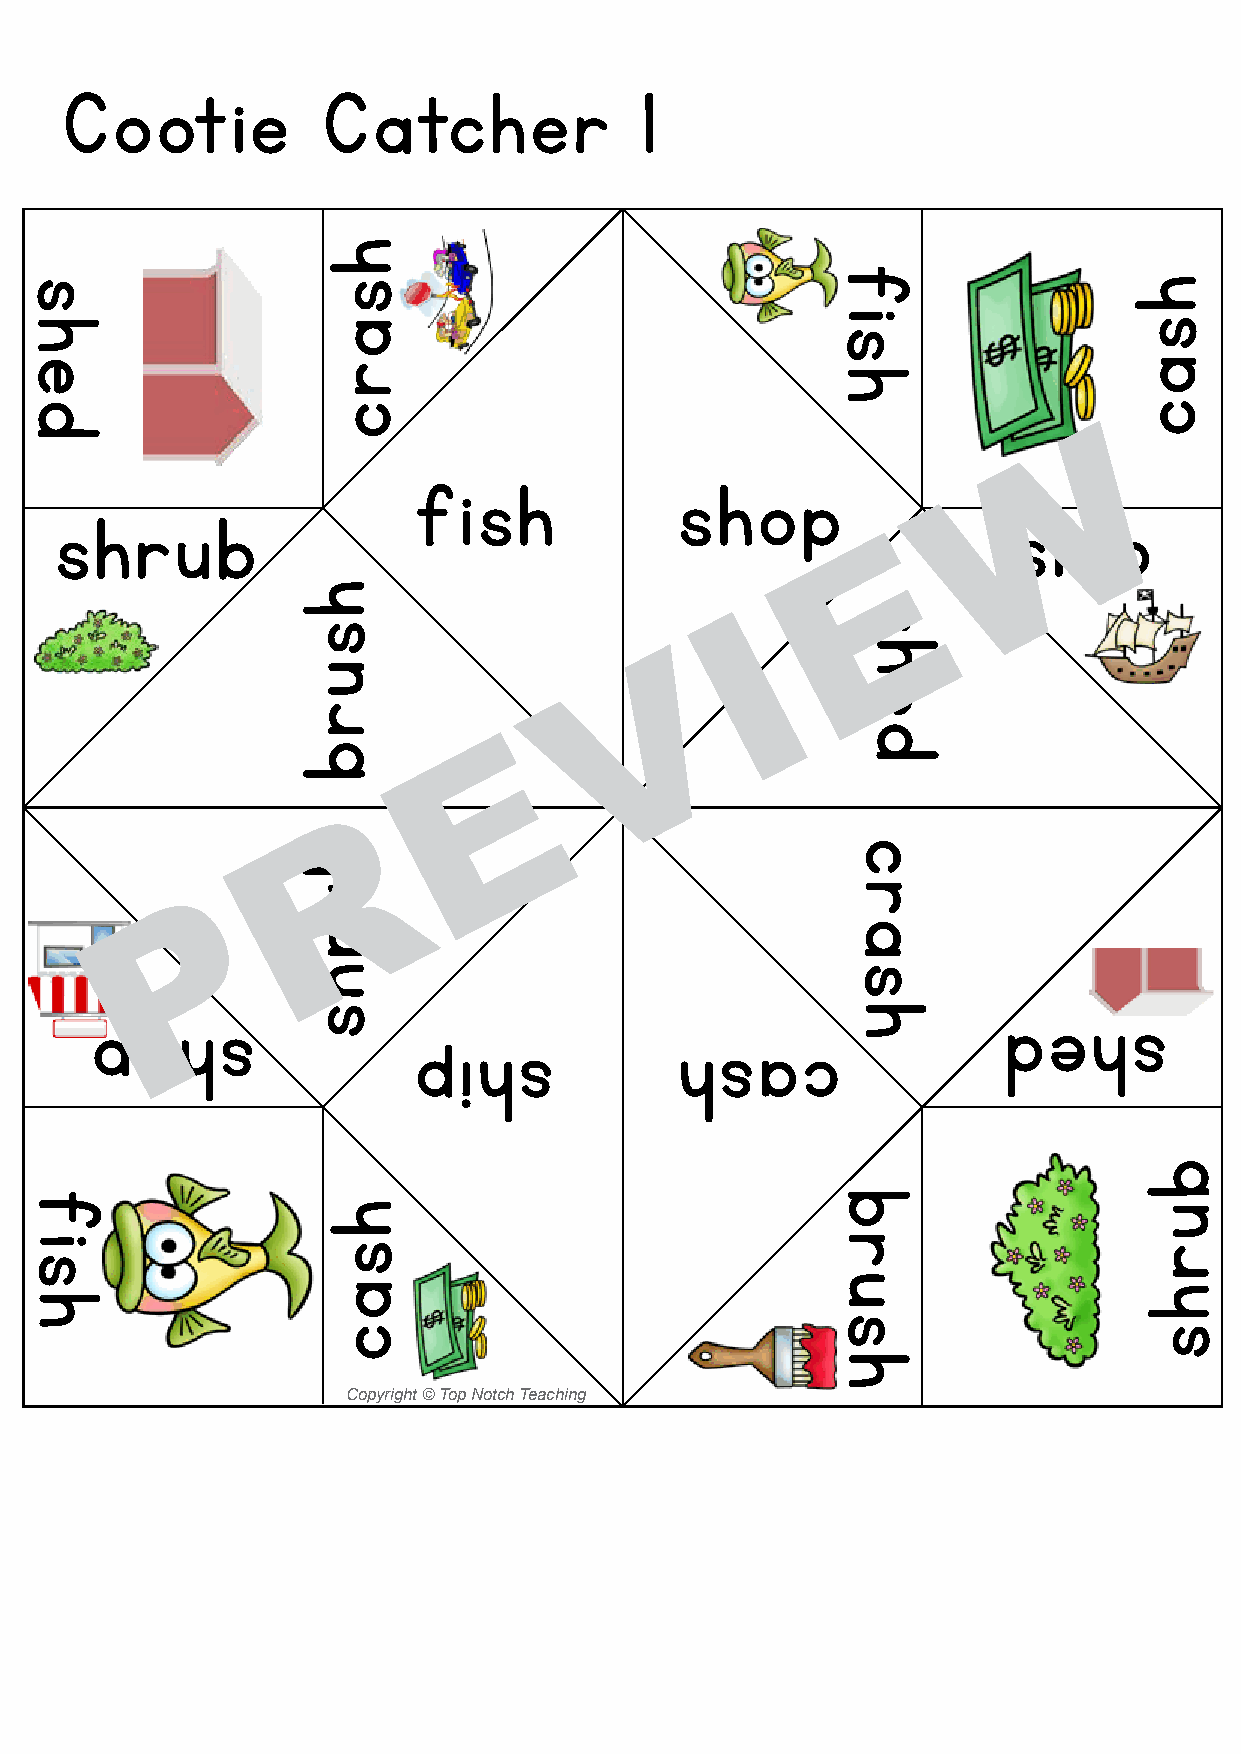
Cootie           Catcher              1
 W
 fish              shop
 shrub                                                           ship
 E
 I
 V
 E
 R
 P
 pohs                                                        dehs
 pihs              hsac
 Copyright © Top Notch Teaching
 shed
 fish
 hsurb
 burhs
 hsarc
 hsac
 fish
 brush
 crash
 shed
 hsac
 burhs